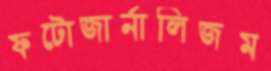
ফটোজার্নালিজম